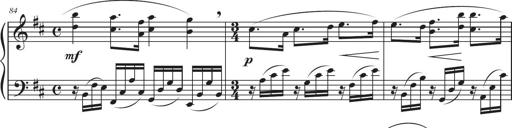
Title: Sonatina in D major
Composer: Shota Saitoh
Key: D major